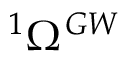
{ } ^ { 1 } \Omega ^ { G W }